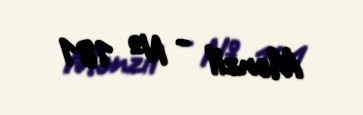
Mənzil - № 181